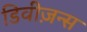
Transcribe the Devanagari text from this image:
डिवीज़न्स